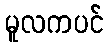
မူလကပင်